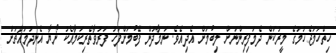
ހިތްހަމަޖެހުމުގެ މީރުކަން ދެމަފިރިންނަށް ލިބުމަށް އެދިއެވެ. ނަމާދުން ފޭބުމަށްފަހު ފަރުވާތެރިކަމާއެކު ނޯޔާ އެނދުމައްޗަށް